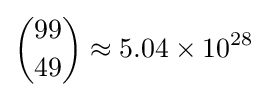
{\binom {99}{49}}\approx 5.04\times 10^{28}